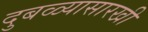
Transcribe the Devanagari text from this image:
दुबळ्यासारखी